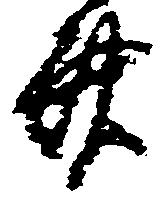
斎